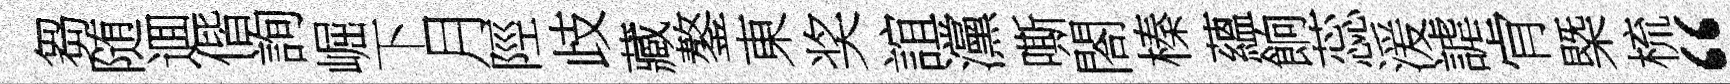
芻随逥偕詢崛下月陘歧藏鏊東奖誼灙嘶閤榛蘊餉蕊湲謔肻槩梳“